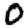
Digit: 0